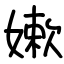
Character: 嫰